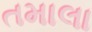
તમાલા